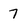
Character: 7